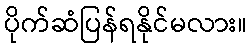
ပိုက်ဆံပြန်ရနိုင်မလား။